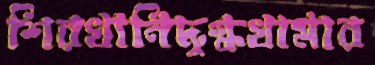
শিরখানিদুগ্ধখামার